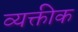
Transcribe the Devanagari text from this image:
व्यक्तीक